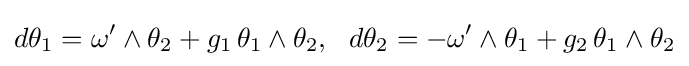
d\theta _{1}=\omega ^{\prime }\wedge \theta _{2}+g_{1}\,\theta _{1}\wedge \theta _{2},\,\,\,\,d\theta _{2}=-\omega ^{\prime }\wedge \theta _{1}+g_{2}\,\theta _{1}\wedge \theta _{2}